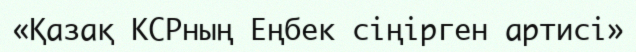
«Қазақ КСРның Еңбек сіңірген артисі»